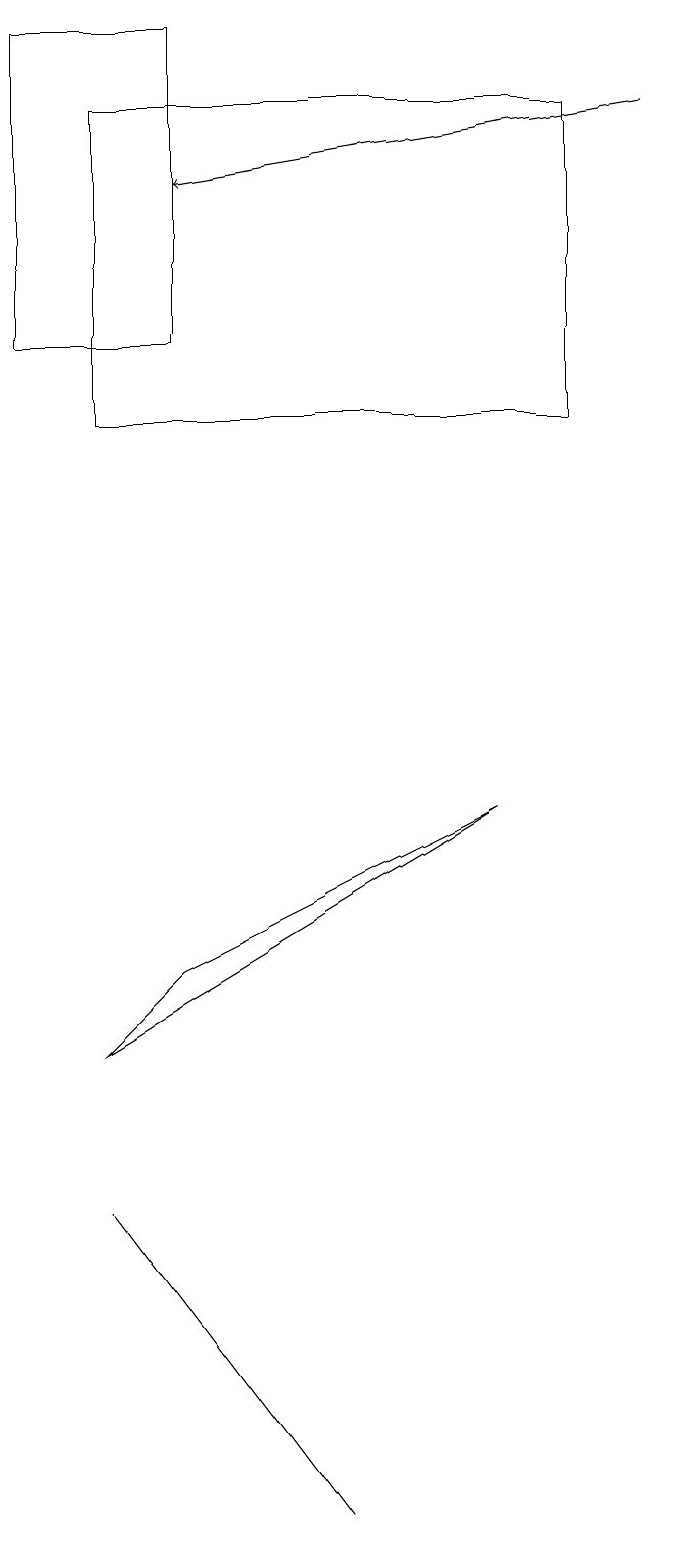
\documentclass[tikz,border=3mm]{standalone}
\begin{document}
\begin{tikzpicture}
\draw (5,0) -- (5,0) -- (2,4) -- cycle;
\draw (7,9) -- (2,6) -- (3,7) -- cycle;
\draw (1,15) rectangle (3,19);
\draw[->] (9,18) -- (3,17);
\draw (2,18) rectangle (8,14);
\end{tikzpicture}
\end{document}